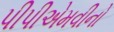
પીપીએમવીનો